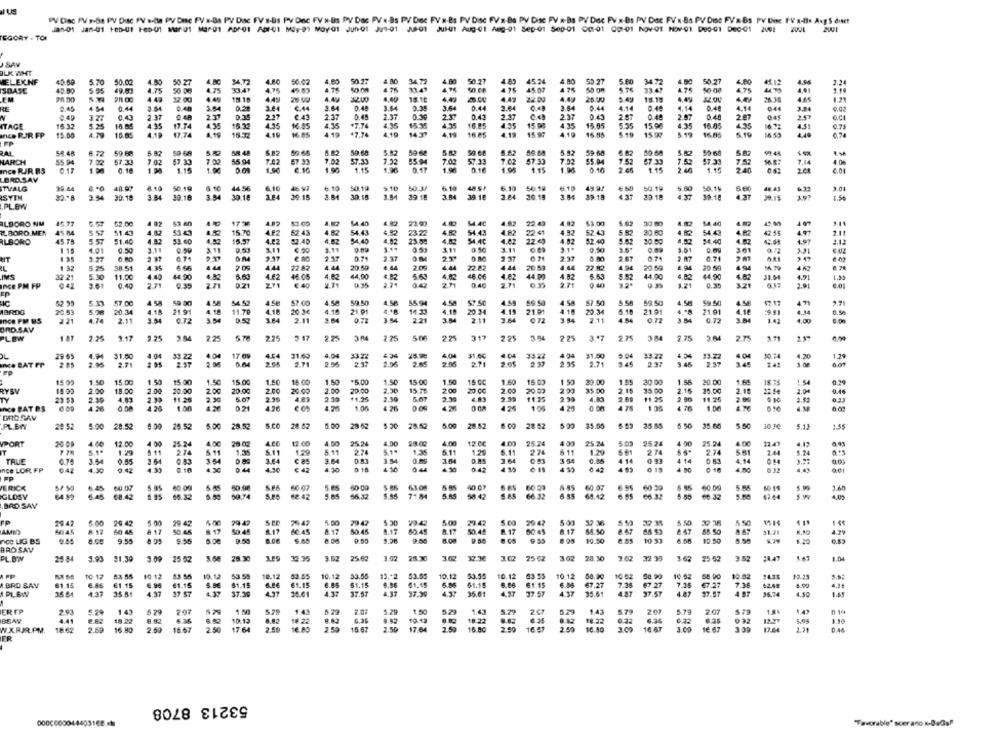
PV Disc PV x-84 PV Disc FV a-la PV Desc FV x-Bs PV Disc FV's-Ds PV Dnc FV N-Ds PV Das PV «-Bs PV Doc FV'N-Bs PV Disc FV x-Be PV Disc PV x-Bs PV Dac PV x Bs PV Doc FV' N Bs PV Disc FV'x-Bs PV Disc FV a-Bis Avg S dieet
Jan-): Jan-431 185-01 Feb-U1 Mar-01 Mar-01 ADP-01 ADI-01 May-91 MoyQ1 Jun-01 Jut-01 JUS-01 JUIST Aug-01 Amg-01 Sep-01 Sep-01 CC:01 00:01 NOV-91 NOV-01 000-01 De0-01 200E 2001 2001
TEGORY - TOI
SAV
OLK WHT
LEXNF
40.59
5.70
50.27
50.02
50.27
4.80
50.27
4.85
45.24
50.27
4.50
50.27
40.50
4.75
50 De
19 83
50.00
21.47
4501
33.47
4.74
4.75
15.12
12.00
4.4g
26.00
25.00
443
20.00
15.18
1.2
RE
0.45
4 54
3 64
3.64
€ 14
3.84
0.35
0.44
2.64
3.84
0.44
4.14
0.40
4.14
0.4
4.14
...
0.02
N
0.4
0.43
2.37
0 48
2.37
0.3
2.31
2.37
0.48
2.37
25
0.41
2.37
00
2.37
0.45
2.87
0.48
2.87
2 07
25
ITAGE
15.32
1.25
4.34
17.74
4.35
16.22
16.45
4.35
¥7.74
15.35
435
16.85
15.98
13.05
5.35
15.00
4.35
10.05
4.31
Inca RUR FP
15.00
16.05
17.74
16.32
16.85
.7.74
4.10
16.85
4.19
15 97
4.10
15 99
16.85
0,74
RAL
. 72
5 82
59-68
58.48
5.22
8.82
50.68
5.52
59:68
59.68
5.82
5.92
59.60
6.82
39.66
5.82
HARCH
55 94
7.32
7 02
47.33
7.02
55.94
7.42
57.33
57.33
7.32
55.94
7.02
57.33
7.02
67.33
7.02
55.04
7.52
67.33
7.52
57.33
7.52
Ses:
7.14
4.06
Ince RJR BS
0.10
1.15
1.00
D.CA
1.15
1.00
0.16
1.15
1.04
0.10
2.40
1.15
240
6.01
BAD.SAV
40.97
6.10
TVALG
29.46
50.19
6.10
44.5€
6.10
5.10
50.19
$10
50.3/
6.10
48 51
6.10
50.18
45.9/
6.60
50.16
5.60
50.14
6 60
48.43
3.01
ISYEN
3.44
30.18
3.84
39.18
3.34
30 18
36.15
30 18
3.54
20.18
3.M
39.18
20.18
39.18
22.18
39-18
4 27
.PLOW
ILBORO.NM
15.77
53 40
17 36
83.00
182
$4.40
4.82
22.43
4.92
$3.00
6.62
30.00
4.102
14.40
BORO.MEN
45 84
5.57
51.47
4. 12
15.70
4.62
52:43
54 43
4.82
4.92
20 80
42.55
23.22
54.43
22.41
52.43
54.43
4. 82
2.11
ALBORO
45.75
51.40
53.60
4.52
16.5
4.22
4.02
54,40
6.02
23.58
4.02
54.40
4.82
22 €)
4.92
$2.40
30.00
4,02
$4.40
4.83
4.97
115
4.01
3.11
9.59
3.11
0.53
3,11
€.00
3.11
...
0.53
311
3.11
0.50
1.01
0.09
301
0.74
2.37
2.37
071
2.37
0.00
2.67
0.71
5.25
38.51
4.35
2.09
4.44
22.82
4.44
20 50
€ 44
2.09
4.44
22.82
4.44
20 53
4 44
22.82
4 04
20.59
2.94
20 6
4 94
5.30
11.00
4.40
4.62
4.82
14,60
44 00
4.82
6.63
44.00
44.00
IMS
32.21
3.61
44.90
2.71
Z71
46.05
€ 40
5.69
0 4
4.02
0.40
4.62
3.21
NICE PM FP
0.40
2.71
9.35
D.71
2.7
0.40
9.35
0.35
2.0
EP
52.95
5.11
57.00
4 5A
4.SE
54 5
4.58
57.00
4.50
59.50
4.58
55.94
4.58
57.SC
4.59
69.50
4.54
57.50
59.50
4.5H
4.5E
4 "1
ABRDG
22 53
5.98
20.34
4.15
21.91
4.18
11.70
4.18
4.10
21.91
4.18
20.34
4.19
21 P
418
20.34
5.10
21.91
21.91
4.16
4.34
0.56
Ince PM US
221
2.11
3.54
3.64
2.11
3.64
0.72
221
2.11
072
3 34
2.11
0.72
0.72
0.00
ORD SAV
PLEW
147
3.17
2.25
225
5.78
225
3. 17
2 25
225
313
2.25
3.94
275
3 .* 7
275
2.75
2.7
3.71
29 6
4.9
31.00
4.04
33 22
17 69
4.54
31.63
4.0
3322
= 34
25.9
31.00
$1.50
5.04
4.34
13.27
4.30
1.29
Ince BAT PP
2.85
2.71
2.71
2 RS
ans
205
2.37
3.45
2.45
3.00
15.02
1.50
15 00
15 00
1.50
15.00
1.50
15.00
1.50
1.50
15 00
1.50
15 CC
1.60
15 0
1 50
30.00
1.55
30 00
20.00
164
1.54
0.34
RYSY
15 09
2.00
15.00
2.00
20.00
2.00
20.00
2.00
20.00
2.00
20.00
2.50
15 75
2.00
20 CC
2.00
20.00
35 00
2.15
2.15
25.00
2.18
12.5€
2.04
0.46
TY
2.30
11.28
2.36
2.30
+4.95
11.25
2.30
4.83
11.25
2. 00
0.33
InCO BAT BS
1.20
021
436
1.00
4.26
424
4 76
1.00
ORD PAV
s.co
5.00
28.52
5 00
28.52
35.65
35.00
PL.6WY
20 52
28.52
26.52
5.00
28.52
28.52
28 62
5.50
30 10
5.13
:55
VPORT
12.00
4.00
26.24
12.00
4.50
25.24
4.00
4.00
12 0
4 m
25.24
25.74
50
25.24
25.24
4.00
11.4
5.11
2.24
S.11
5.11
2.74
5.1.
5.11
1.20
5.11
274
5 11
1.29
2.74
9.24
5.61
2.44
5.24
TRUE
3.44
0.55
3.64
e as
3.54
0.83
3.04
3.64
3.54
0.35
4 14
1 14
6.44
0.14
Ince LOR FP
6.42
4.30
0.12
0.10
3.43
0 19
0 18
4.50
FP
ERICK
5.95
50,08
66.07
5.65
60 39
60.09
5.65
$.9
3.60
GLOSY
64 85
6.45
68.42
5.95
66.32
09.74
12.42
56.32
5.44
71.84
5 A5
58.42
66 32
5.55
64.12
66 32
5.55
66 32
4.02
.BRD SAY
15 14
FP
20 47
5.00
29.42
29 42
79 42
500
23.47
29 47
AMID
445
60 46
A 17
50.45
50 45
. 17
50.45
8.17
5.17
50.45
.. 17
80.45
8.17
55.50
8.67
88.50
4.29
NCC LIG BS
9.55
9.55
S.AS
10.50
10 33
10.50
5.50
BROSAV
3.93
21.30
1.58
25.62
28.30
3.07
1.02
25-52
3.02
28.30
32 33
1.62
25 52
3.52
1.47
1.04
PL.BW
25 84
3.00
25 52
JA.4
PP
TO 17
10 12
53.55
10.12
53 55
10.12
10.12
53.56
53.55
10.12
53.55
10.12
53 53
10 12
10 02
50.99
10.52
58.90
10.02
12.1
A BRO SAN
61.15
61.15
61.15
61.15
A.ee
61.15
6.85
51.15
61.15
6.85
61.15
61.15
6.06
67.27
7.36
7.15
47.27
7.36
62.4
PLEW
35.51
4.97
17.57
37.39
34.01
4.37
37.57
4.37
35.01
4.37
37.57
4.37
25.61
37.57
97.57
4.50
ER FP
293
1 43
579
5.20
5.79
5.7
BEAN
18.22
10.13
10.12
18.22
6.34
18.22
6.34
032
1.14
W.X.RJR.PM.
18.62
2.50
16.80
2.5
16.07
2.50
17.64
2.50
17.64
15.80
16 UT
2.50
16.80
3.00
16.67
3.00
0.44
FR
53213 8708
Favorable" scerario .DuGal